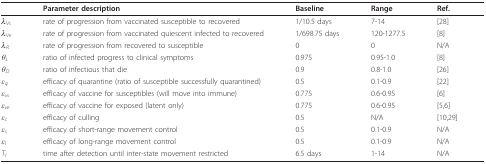
<table><thead><tr><td></td><td><b>Parameter description</b></td><td><b>Baseline</b></td><td><b>Range</b></td><td><b>Ref.</b></td></tr></thead><tbody><tr><td><i>λ<sub>Vs</sub></i></td><td>rate of progression from vaccinated susceptible to recovered</td><td>1/10.5 days</td><td>7-14</td><td>[28]</td></tr><tr><td><i>λ<sub>Ve</sub></i></td><td>rate of progression from vaccinated quiescent infected to recovered</td><td>1/698.75 days</td><td>120-1277.5</td><td>[8]</td></tr><tr><td><i>λ<sub>R</sub></i></td><td>rate of progression from recovered to susceptible</td><td>0</td><td>0</td><td>N/A</td></tr><tr><td><i>θ<sub>L</sub></i></td><td>ratio of infected progress to clinical symptoms</td><td>0.975</td><td>0.95-1.0</td><td>[8]</td></tr><tr><td><i>θ<sub>D</sub></i></td><td>ratio of infectious that die</td><td>0.9</td><td>0.8-1.0</td><td>[26]</td></tr><tr><td><i>ε<sub>q</sub></i></td><td>efficacy of quarantine (ratio of susceptible successfully quarantined)</td><td>0.5</td><td>0.1-0.9</td><td>[22]</td></tr><tr><td><i>ε<sub>vs</sub></i></td><td>efficacy of vaccine for susceptibles (will move into immune)</td><td>0.775</td><td>0.6-0.95</td><td>[6]</td></tr><tr><td><i>ε<sub>ve</sub></i></td><td>efficacy of vaccine for exposed (latent only)</td><td>0.775</td><td>0.6-0.95</td><td>[5,6]</td></tr><tr><td><i>ε<sub>c</sub></i></td><td>efficacy of culling</td><td>0.5</td><td>N/A</td><td>[10,29]</td></tr><tr><td><i>ε<sub>s</sub></i></td><td>efficacy of short-range movement control</td><td>0.5</td><td>0.1-0.9</td><td>N/A</td></tr><tr><td><i>ε<sub>l</sub></i></td><td>efficacy of long-range movement control</td><td>0.5</td><td>0.1-0.9</td><td>N/A</td></tr><tr><td><i>T<sub>l</sub></i></td><td>time after detection until inter-state movement restricted</td><td>6.5 days</td><td>1-14</td><td>N/A</td></tr></tbody></table>